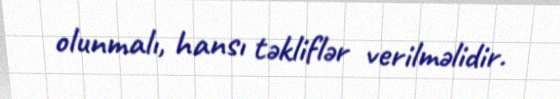
olunmalı, hansı təkliflər verilməlidir.